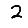
Digit: 2